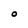
Character: O